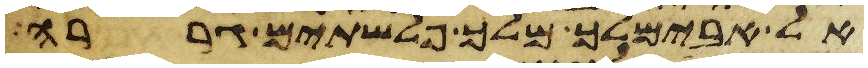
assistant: אל אבימלך מלך פלשתים גררה